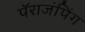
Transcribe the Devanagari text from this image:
पॅराजंपिंग